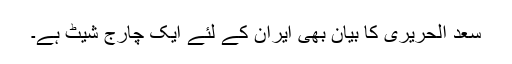
سعد الحریری کا بیان بھی ایران کے لئے ایک چارج شیٹ ہے۔